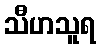
သီဟသူရ